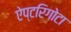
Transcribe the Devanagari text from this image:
ऐप्टरिगोटा